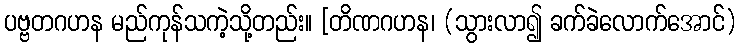
ပဗ္ဗတဂဟန မည်ကုန်သကဲ့သို့တည်း။ [တိဏဂဟန၊ (သွားလာ၍ ခက်ခဲလောက်အောင်)